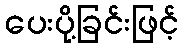
ပေးပို့ခြင်းဖြင့်